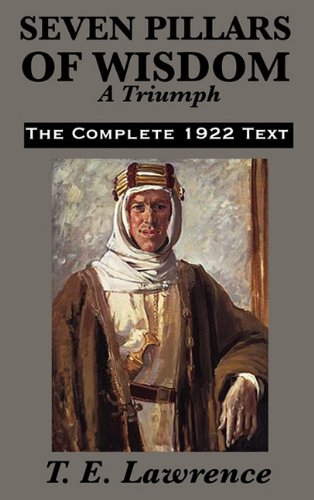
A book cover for Seven Pillars of Wisdom: A Triumph; T. E. Lawrence; Biographies & Memoirs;